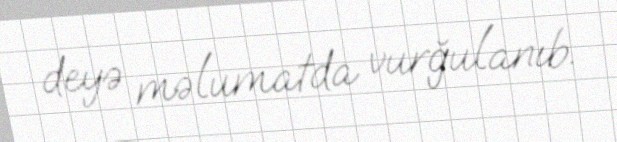
deyə məlumatda vurğulanıb.